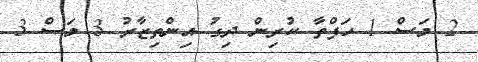
2 މަސް 1 ހަފްތާ ކުރިން ދިގު އިންތިޒާރު 3 މަސް 3